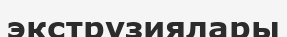
экструзиялары